Scottish Leaving Certificate Examination, 1961
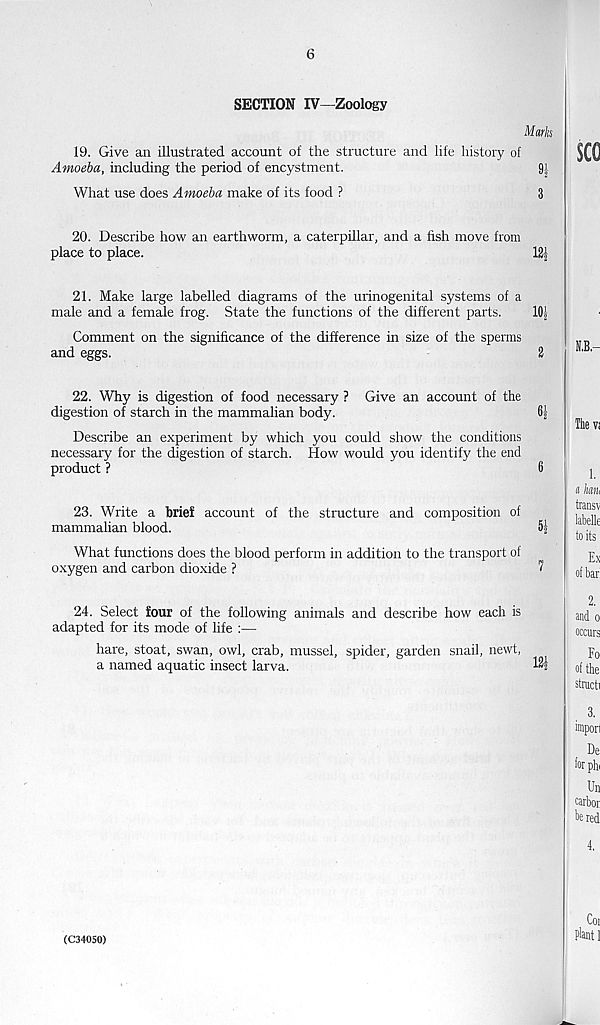
6
SECTION IV—Zoology
Marks
19. Give an illustrated account of the structure and life history of
Amoeba, including the period of encystment.
9j.
What use does Amoeba make of its food ?
3
20. Describe how an earthworm, a caterpillar, and a fish move from
place to place.
12|
21. Make large labelled diagrams of the urinogenital systems of a
male and a female frog. State the functions of the different parts.
10|
Comment on the significance of the difference in size of the sperms
and eggs.
2
22. Why is digestion of food necessary ? Give an account of the
digestion of starch in the mammalian body.
6}
Describe an experiment by which you could show the conditions
necessary for the digestion of starch. How would you identify the end
product ?
6
23. Write a brief account of the structure and composition of
mammalian blood.
What functions does the blood perform in addition to the transport of
oxygen and carbon dioxide ?
^
24. Select four of the following animals and describe how each is
adapted for its mode of life :—
hare, stoat, swan, owl, crab, mussel, spider, garden snail, newt,
a named aquatic insect larva.
(C34050)